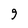
Character: 9